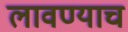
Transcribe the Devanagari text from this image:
लावण्याच